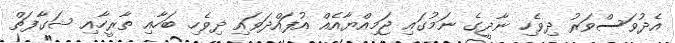
އެދުވަސްވަރު ދިވެހި ނާދީގެ ނަމުގައި ޖަމިއްޔާއެއް އުފައްދަވައި ދިވެހި ބަހާއި ތާރީހާއި ޝަގާފަތް